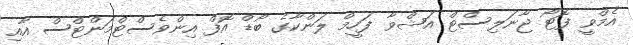
އެމްވީ ފޮޓޯ ޖާނަލިސްޓް އަޝްވާ ފަހީމް ލަންކާގެ ބޯޑް އޮފް އިންވެސްޓްމަންޓްސް އާއި